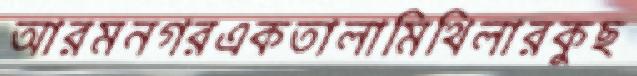
আরমনগরএকতালামিথিলারকুছ